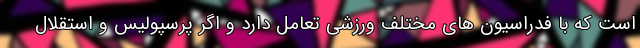
است که با فدراسیون های مختلف ورزشی تعامل دارد و اگر پرسپولیس و استقلال